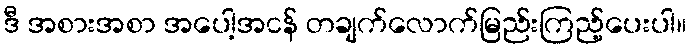
ဒီ အစားအစာ အပေါ့အငန် တချက်လောက်မြည်းကြည့်ပေးပါ။